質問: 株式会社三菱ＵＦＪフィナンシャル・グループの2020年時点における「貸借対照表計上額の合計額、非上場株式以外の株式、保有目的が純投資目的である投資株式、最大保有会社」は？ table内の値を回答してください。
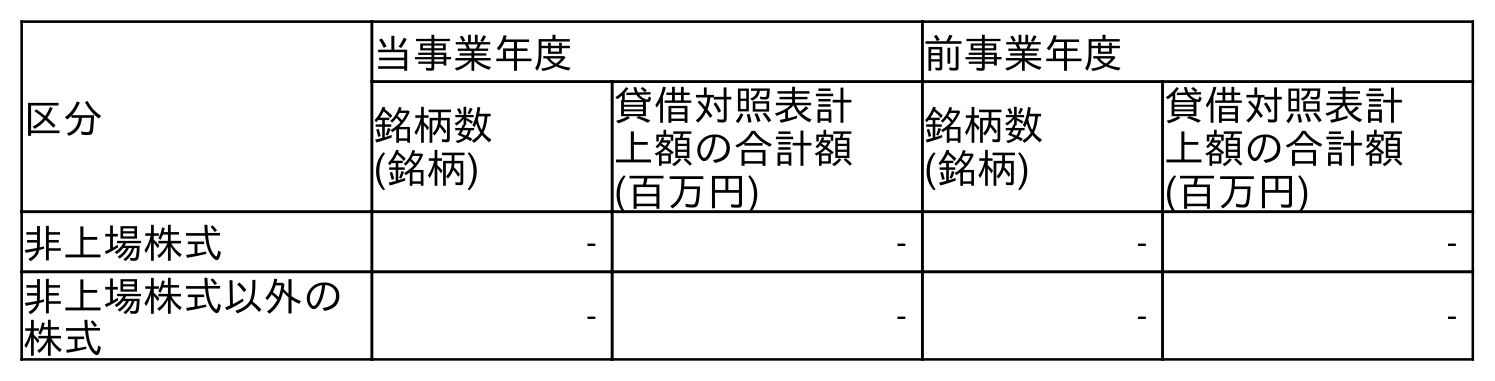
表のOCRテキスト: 区分 当事業年度 前事業年度 銘柄数 (銘柄) 貸借対照表計 上額の合計額 (百万円) 銘柄数 (銘柄) 貸借対照表計 上額の合計額 (百万円) 非上場株式 - - - - 非上場株式以外の 株式 - - - -
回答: -